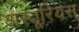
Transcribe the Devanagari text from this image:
अस्तूरियस